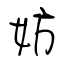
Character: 妨